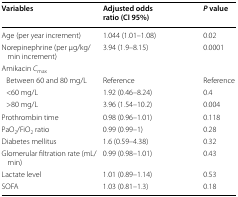
| Variables | Adjusted odds ratio (CI 95%) | P value |
 | --- | --- | --- |
 | Age (per year increment) | 1.044 (1.01–1.08) | 0.02 |
 | Norepinephrine (per μg/kg/min increment) | 3.94 (1.9–8.15) | 0.0001 |
 | <COLSPAN=3> Amikacin Cmax |
 | Between 60 and 80 mg/L | Reference | Reference |
 | <60 mg/L | 1.92 (0.46–8.24) | 0.4 |
 | >80 mg/L | 3.96 (1.54–10.2) | 0.004 |
 | Prothrombin time | 0.98 (0.96–1.01) | 0.118 |
 | PaO2/FiO2 ratio | 0.99 (0.99–1) | 0.28 |
 | Diabetes mellitus | 1.6 (0.59–4.38) | 0.32 |
 | Glomerular filtration rate (mL/min) | 0.99 (0.98–1.01) | 0.43 |
 | Lactate level | 1.01 (0.89–1.14) | 0.53 |
 | SOFA | 1.03 (0.81–1.3) | 0.18 |